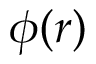
\phi ( \boldsymbol r )